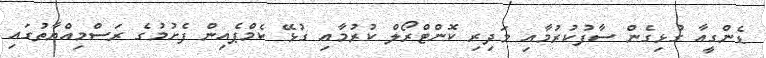
ޑެންގީއާ ގުޅިގެން ސާފުކުރުމާއި މަދިރި ކޮންޓްރޯލް ކުރުމާއި ގުޅޭ ކެމްޕެއިން ފެށުމުގެ ރަސްމިއްޔާތުގައި